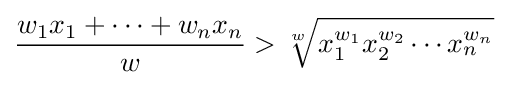
{\frac {w_{1}x_{1}+\cdots +w_{n}x_{n}}{w}}>{\sqrt[{w}]{x_{1}^{w_{1}}x_{2}^{w_{2}}\cdots x_{n}^{w_{n}}}}